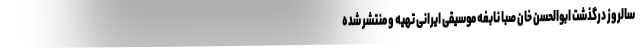
سالروز درگذشت ابوالحسن خان صبا نابغه موسیقی ایرانی تهیه و منتشر شده